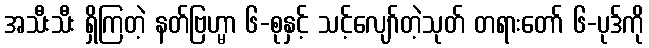
အသီးသီး ရှိကြတဲ့ နတ်ဗြဟ္မာ ၆-စုနှင့် သင့်လျော်တဲ့သုတ် တရားတော် ၆-ပုဒ်ကို